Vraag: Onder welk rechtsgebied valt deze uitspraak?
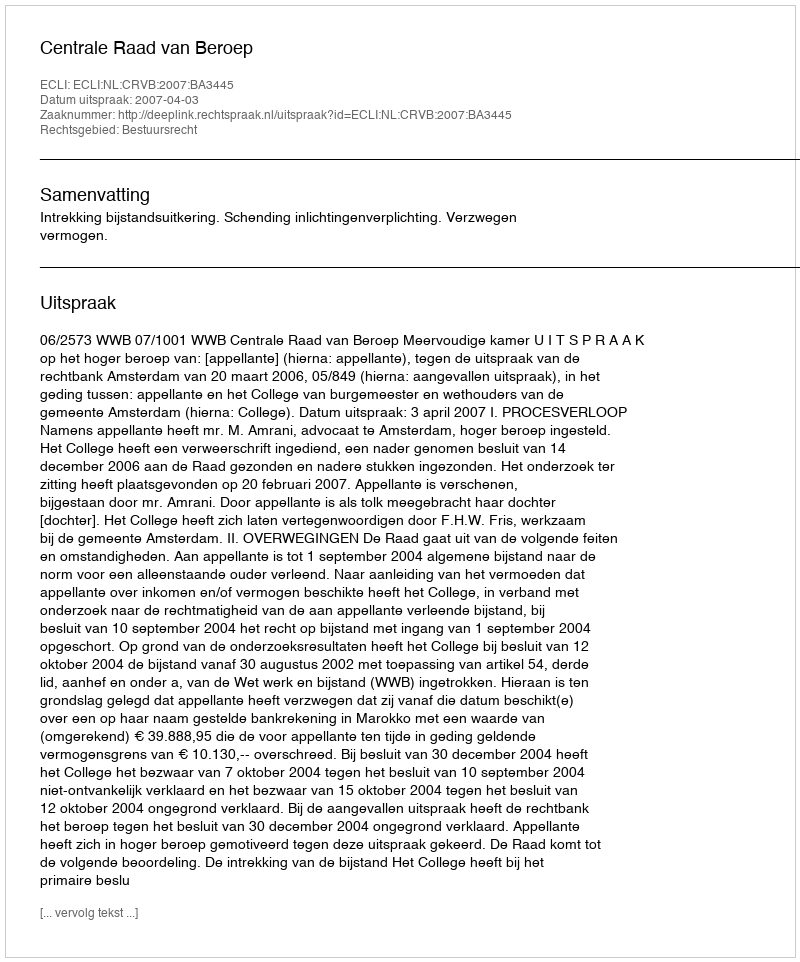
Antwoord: Bestuursrecht